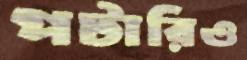
পটারিও